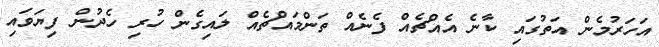
އަހަރުމެން އަތުގައި ކާނެ އެއްޗެއް ފެނެއް ތަންމައްޗެއް ލައިގެން ހުރި ހެދުން ފިޔަވައި